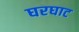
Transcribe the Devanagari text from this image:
घरघाट